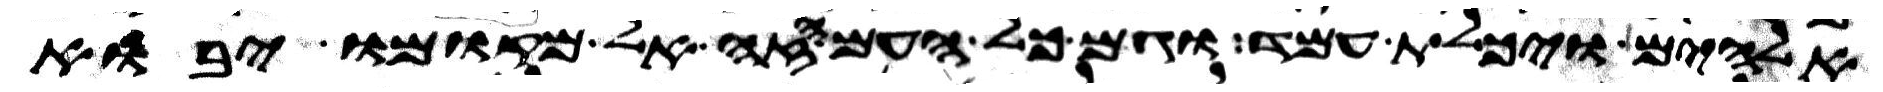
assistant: אלהים ויכלת עמד וגם כל העם הזה אל מקומו יבוא